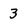
Character: 3